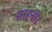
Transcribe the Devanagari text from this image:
साहनी।